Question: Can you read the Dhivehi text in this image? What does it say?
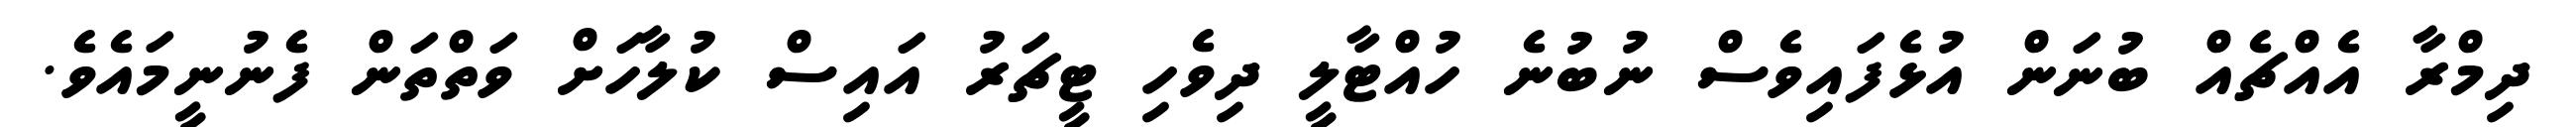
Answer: ދިމްރާ އެއްޗެއް ބުނަން އުޅެފައިވެސް ނުބުނެ ހުއްޓާލީ ދިވެހި ޓީޗަރު އައިސް ކުލާހަށް ވަތްތަން ފެނުނީމައެވެ.